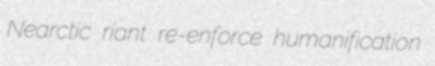
Nearctic riant re-enforce humanification